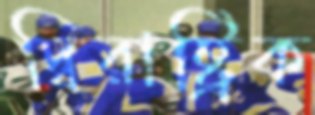
দ্বিরাষ্ট্রিক